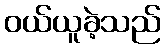
ဝယ်ယူခဲ့သည်